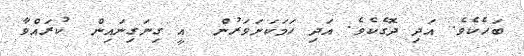
ބަހެކެވެ. އަދި ދޮގެކެވެ. އަދި ހަމަކަށަވަރުން  އީ ގިނަގިނައިން  ކުރައްވާ